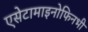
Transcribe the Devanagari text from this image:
एसेटामाइनोफिनभी